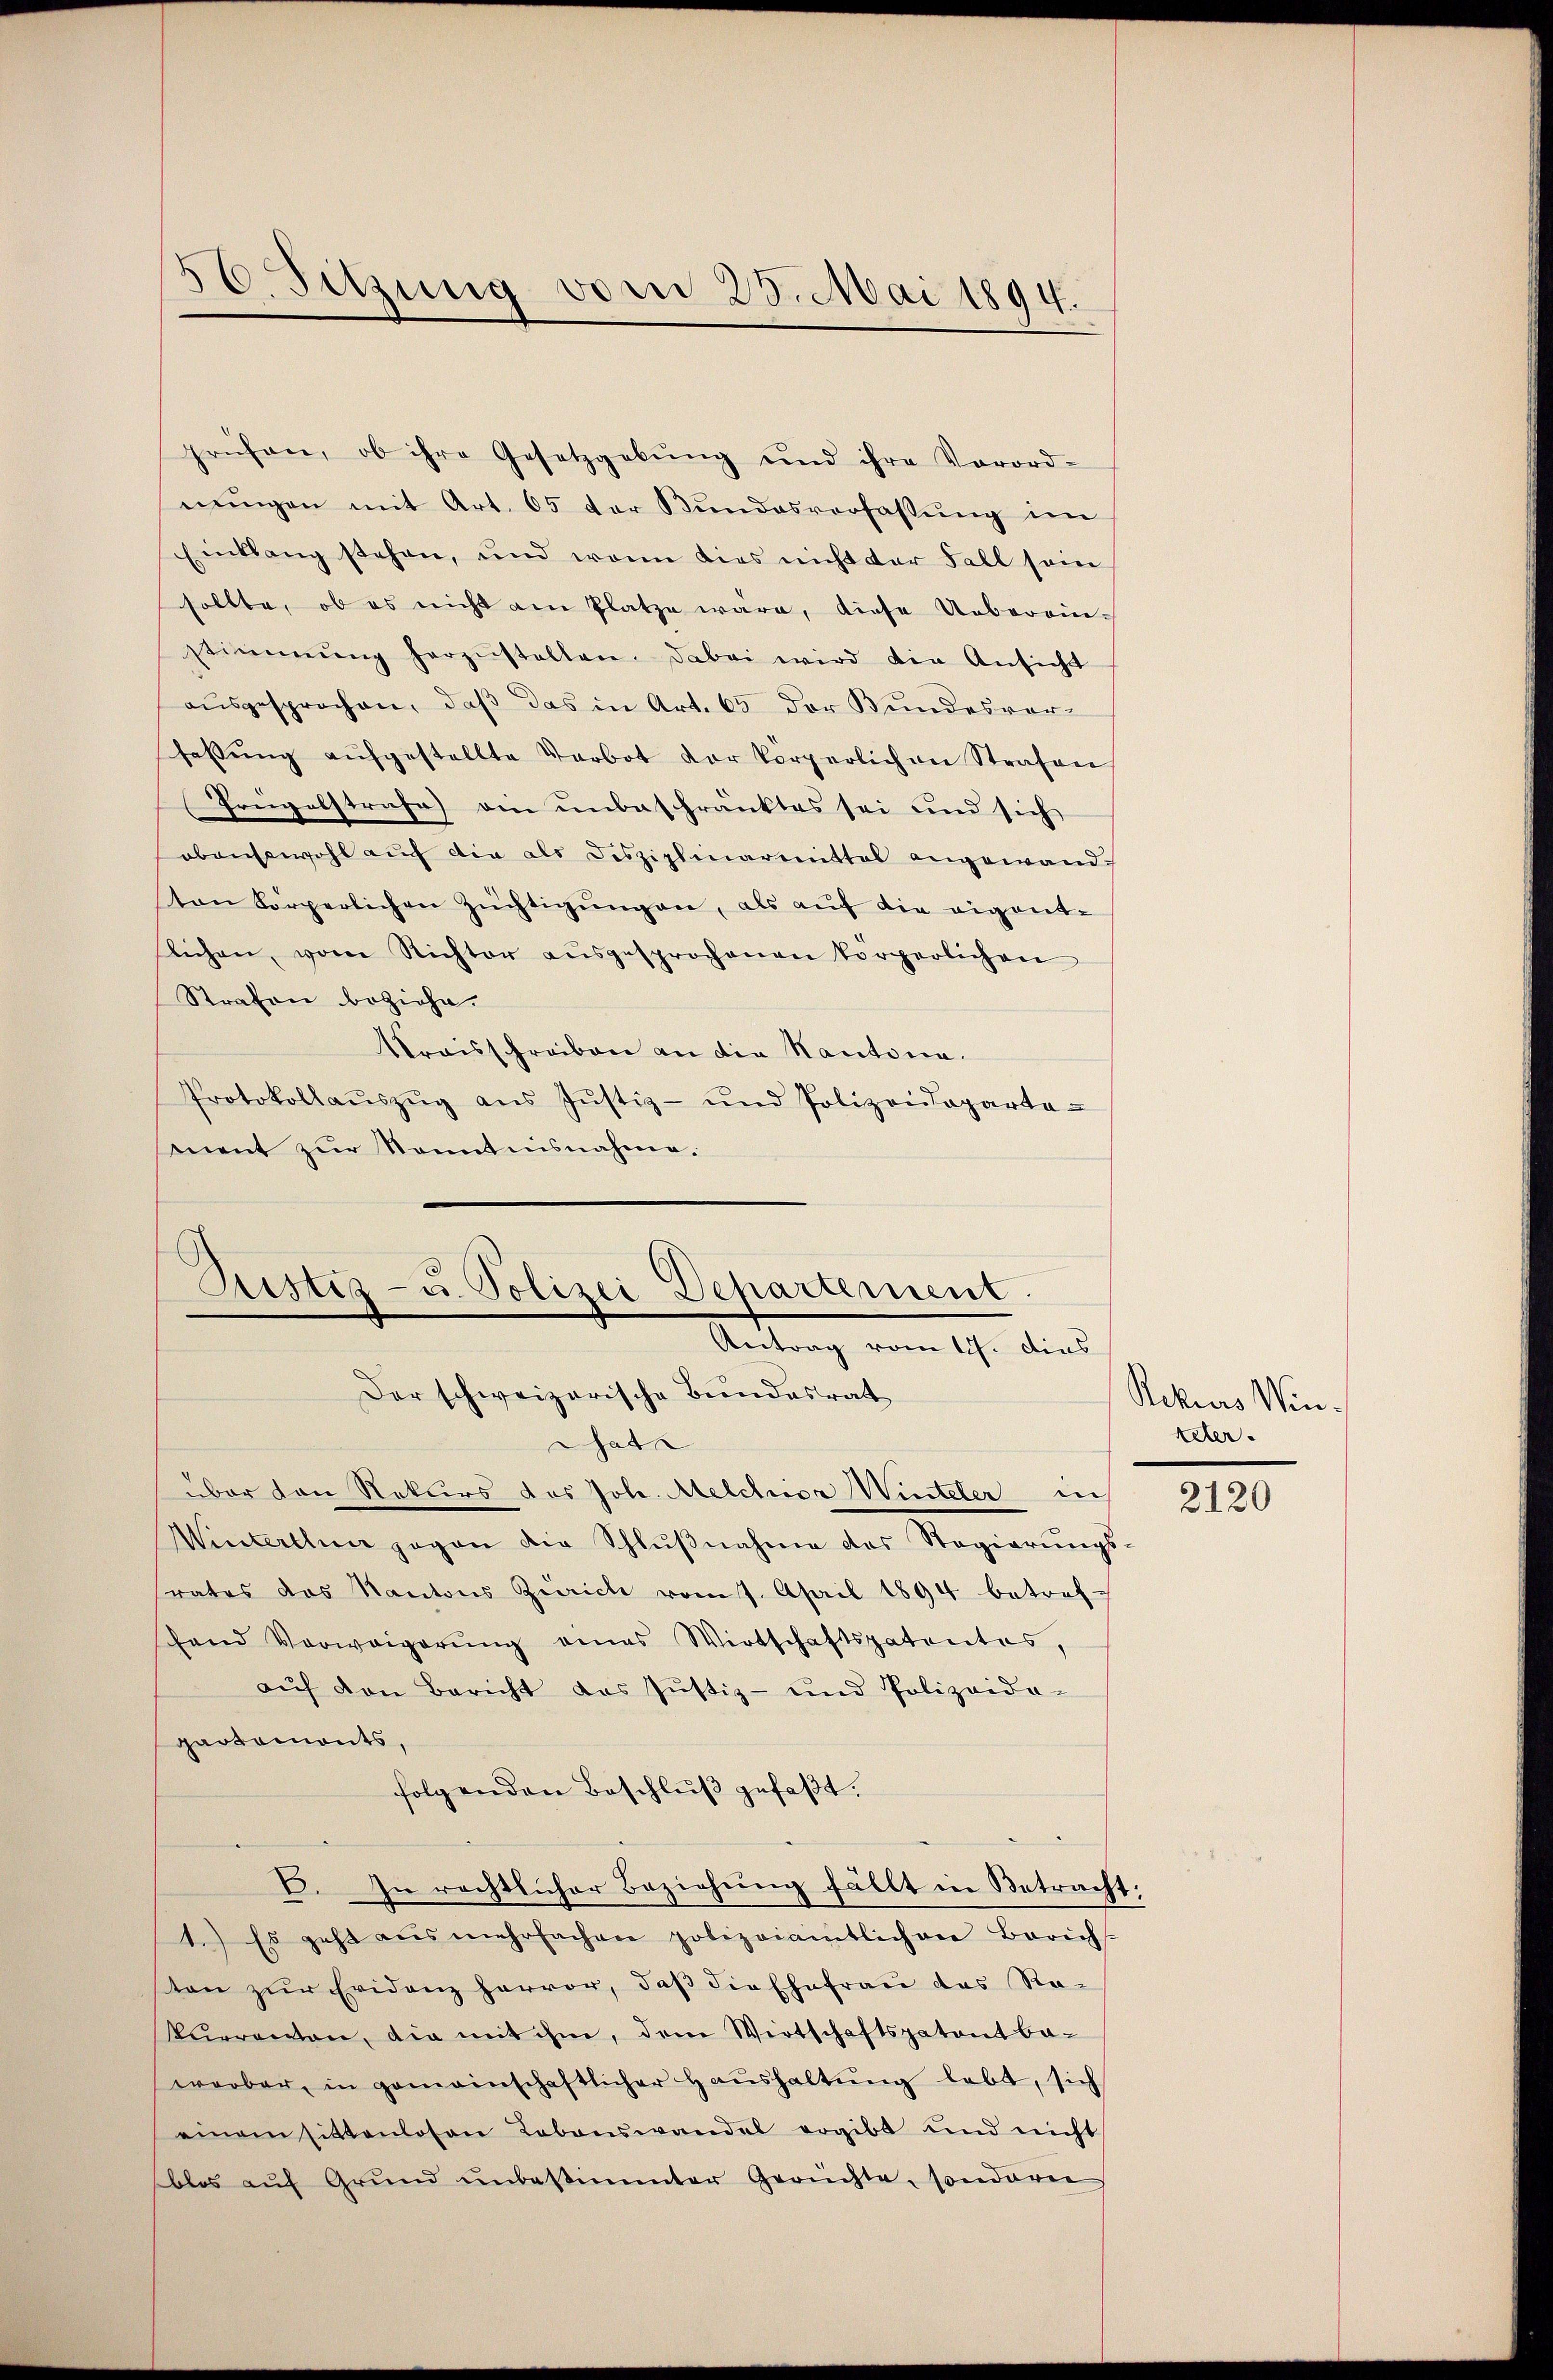
56. Sitzung vom 23. Mai 1894.

prüfen, ob ihre Gesetzgebŭng und ihre Vorord-
nŭngen mit Art. 65 der Bŭndesverfassŭng im
Einklang stehen, und wenn dies nicht der Fall sein
sollte, ob es nicht am Platze wäre, diese Ueberein-
stimmung herzŭstellen. Dabei wird die Ansicht
aŭsgesprochen, daβ das in Art. 65 der Bundesver-
fassŭng aŭfgestellte Verbot der körperlich an Strafen
Prügelstrafe am unbeschränktes sei und sich
obensowohl auf die als Disziplinarmittal angewandton körperlichen Züchtigŭngen, als auf die eigentslichen, vom Richter aŭsgesprochenen körperlichen
Strafen beziehe.
Kraisschreiben an die Kantone.
Protokollaŭszŭg aŭs Jŭstiz- und Polizeideparte-
mnent zur Kenntnisnahme.
Chat
über den Rekurs das Joh. Melchior Winteler in
Winterthun gegen die Schlŭβnahme des Regierŭngs-
rates das Kantons Zürich vom 7. April 1894 betref-
fand Verweigerŭng eines Wirtschaftspatentes,
aŭf den Bericht das Jŭstiz- und Polizeida-
gartemonts,
folgenden Beschluß gefaßt.
C. In rechtlicher Beziehŭng fällt in Betracht:
1.) Es geht aus mehrfachen polizeiamtlichen Berichs-
sten zŭr Evidenz hervor, daβ die Ehefrau das Rekŭrrenten, die mit ihm, dem Wirtschaftspatent be-
werber, in gemeinschaftlicher Haŭshaltŭng lebt, sich
einem sittenlosen Lebenswandel ergibt und nicht
blos aŭf Grŭnd ŭnbestimmter Gerichte, sonderne

Justiz- u. Polizei Departement.
Antrag vom 17. dies
Der schweizerische Bundesrat

Rekurs Winteter.

2120